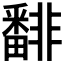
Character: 𩇾